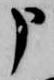
申